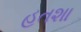
હતશા